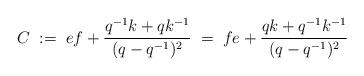
LaTeX: \begin{align*}C\; := \; ef+\frac{q^{-1}k+qk^{-1}}{(q-q^{-1})^2} \; = \; fe+\frac{qk+q^{-1}k^{-1}}{(q-q^{-1})^2}\end{align*}